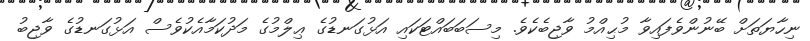
ނިހާޔަތަށް ބޭނުންވެފައިވާ މުޙިއްމު ވާޖިބެކެވެ. މިސަބަބައްޓަކައި އަޅުގަނޑުގެ ޢިލްމުގެ މަދުކަމާއެކުވެސް އަޅުގަނޑުގެ ވާޖިބު